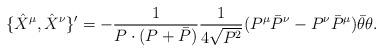
LaTeX: \begin{align*}\{\hat X^\mu,\hat X^\nu\}' =-\frac{1}{P\cdot(P+\bar P)}\frac{1}{4\sqrt{P^2}}(P^\mu \bar{P}^\nu-P^\nu \bar{P}^\mu ) \bar{\theta}\theta .\end{align*}